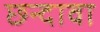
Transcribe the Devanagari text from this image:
छन्दावा